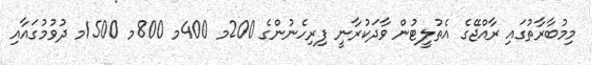
މިމުބާރާތުގައި ރާއްޖޭގެ އެތުލީޓުން ވާދަކުރާނީ ފިރިހެނުންގެ 200މ 400މ 800މ 1500މ ދުވުމުގައާއި